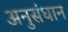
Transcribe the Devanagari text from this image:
अनुसंधान